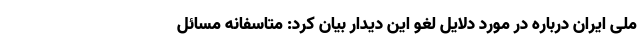
ملی ایران درباره در مورد دلایل لغو این دیدار بیان کرد: متاسفانه مسائل